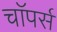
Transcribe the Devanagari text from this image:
चाॅपर्स